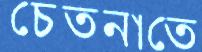
চেতনাতে